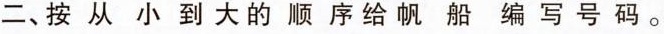
二、按从小到大的顺序给帆船编写号码。